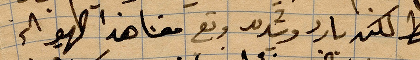
المطر لكنه بارد وشديد وقع معنا هذا ...